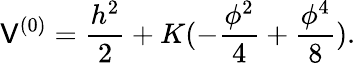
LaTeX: {\cal\mathsf{V}}^{(0)}=\frac{{h^{2}}}{{2}}+K(-\frac{{\phi^{2}}}{{4}}+\frac{{\phi^{4}}}{{8}}).